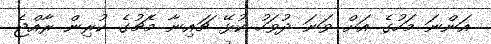
އަންނަ މަހުގެ އަށް ވަނަ ދުވަހު ކުޅޭ ޗައިނާ މެޗުގެ ކުރިން ރާއްޖެ